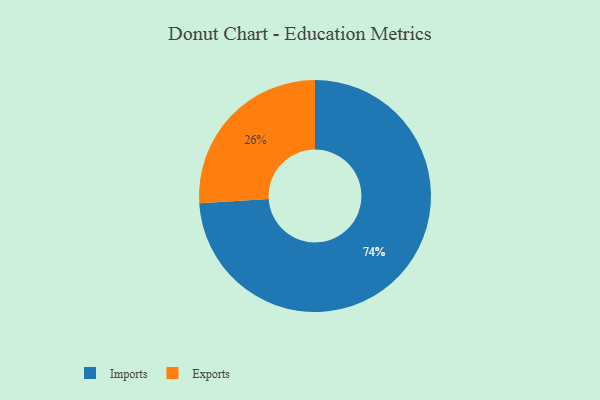
{"axis": {"x": "Category", "y": "Percentage"}, "legend": ["Exports", "Imports"], "data": [{"x": "Exports", "y": 26, "type": "Exports"}, {"x": "Imports", "y": 74, "type": "Imports"}]}